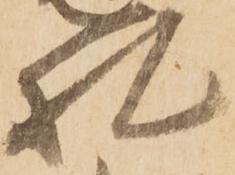
札